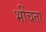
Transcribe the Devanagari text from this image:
भींचता